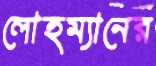
লোহম্যানের